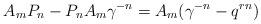
LaTeX: \begin{align*}\ \ A_m P_n - P_n A_m \gamma^{-n} = A_m(\gamma^{-n} - q^{rn}) \end{align*}